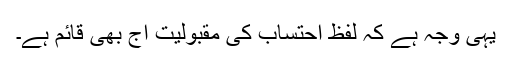
یہی وجہ ہے کہ لفظ احتساب کی مقبولیت آج بھی قائم ہے۔